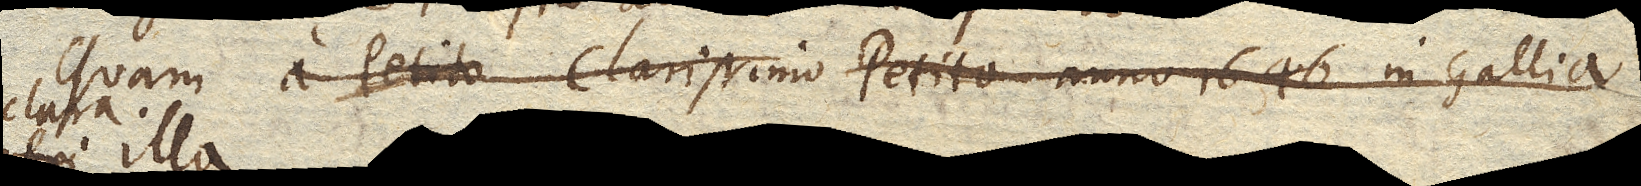
Quam a clarissimo Petito anno 1646 in Gallia